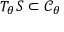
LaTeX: T _ { \theta } S \subset { \mathcal { C } } _ { \theta }